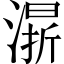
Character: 𣼬